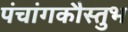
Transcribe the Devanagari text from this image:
पंचांगकौस्तुभ